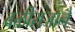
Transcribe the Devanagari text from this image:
बळीराजाने